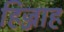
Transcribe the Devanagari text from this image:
हिज्जाह